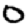
Digit: 0